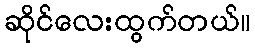
ဆိုင်လေးထွက်တယ်။